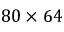
8 0 \times 6 4